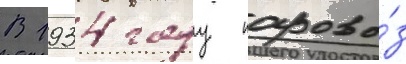
В 1934 году парово́з